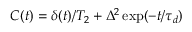
C ( t ) = \delta ( t ) / T _ { 2 } + \Delta ^ { 2 } \exp ( - t / \tau _ { d } )